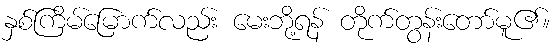
နှစ်ကြိမ်မြောက်လည်း မေးဘို့ရန် တိုက်တွန်းတော်မူ၏။